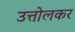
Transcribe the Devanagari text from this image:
उत्तोलकर